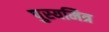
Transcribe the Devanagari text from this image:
पुस्यमित्र